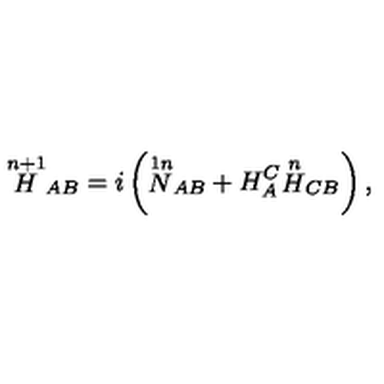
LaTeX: { \stackrel { n + 1 } { H } } _ { A B } = i \left( { \stackrel { 1 n } { N } } _ { A B } + H _ { A } ^ { C } { \stackrel { n } { H } } _ { C B } \right) ,